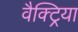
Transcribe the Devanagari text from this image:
वैक्ट्रिया